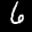
Label: 6